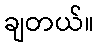
ချတယ်။